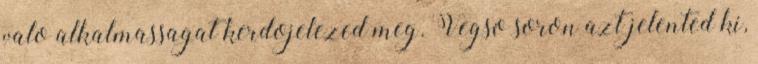
valo alkalmassagat kerdojelezed meg. Vegso soron azt jelented ki,